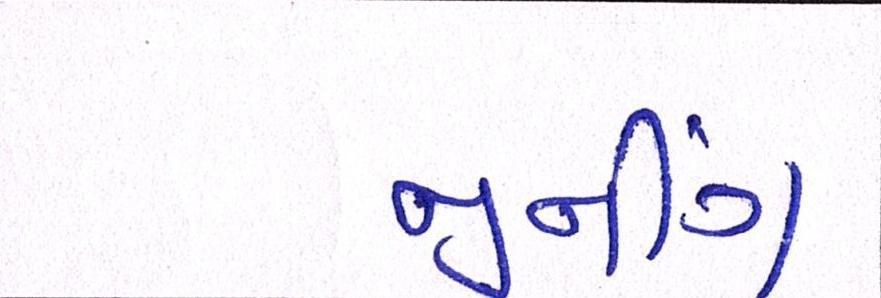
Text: જીનીંગ